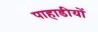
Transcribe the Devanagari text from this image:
पाहाडीयों